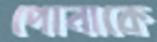
পোনাকে